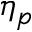
\eta _ { p }